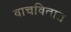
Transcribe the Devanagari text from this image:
वाचवितात